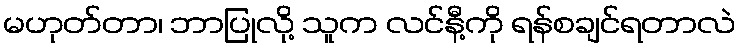
မဟုတ်တာ၊ ဘာပြုလို့ သူက လင်နီ့ကို ရန်စချင်ရတာလဲ